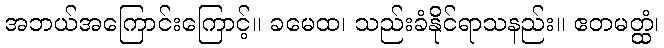
အဘယ်အကြောင်းကြောင့်။ ခမေထ၊ သည်းခံနိုင်ရာသနည်း။ ဧတမတ္ထံ၊